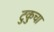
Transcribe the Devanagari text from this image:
टुकुचा